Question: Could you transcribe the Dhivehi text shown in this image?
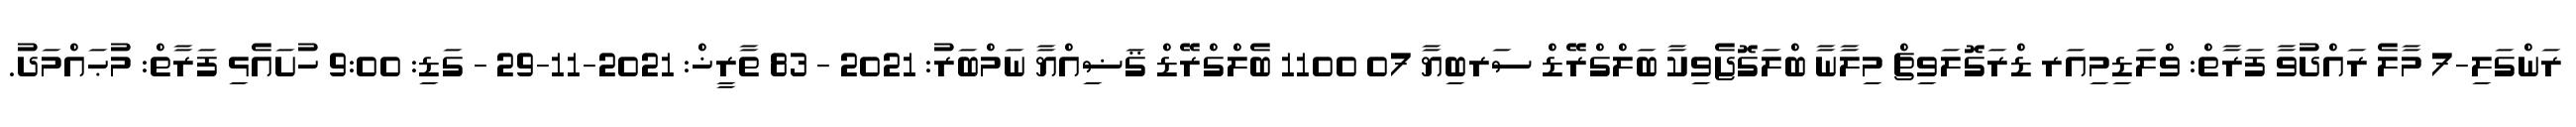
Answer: ރަންގަލި-7 މާލެ ރައްދުވާ ފަރާތް: ވްލަޑިމިއަރ ޑްރަގޮލަވިޗް މިލާނާ ބްލަގޮޖެވިކާ ބަލްގްރޭޑް ސަރބިޔާ 07 1100 ބެލްގްރޭޑް ޤަޟިއްޔާ ނަމްބަރު: 2021 - 83 ތާރީޚް: 2021-11-29 - ގަޑި: 9:00 ހުށައެޅި ފަރާތް: މުޙައްމަދު.